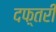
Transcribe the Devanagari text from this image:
दफ़्तरी